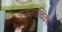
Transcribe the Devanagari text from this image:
पुरातात्विक।